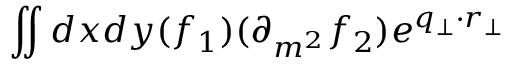
\iint d x d y ( f _ { 1 } ) ( \partial _ { m ^ { 2 } } f _ { 2 } ) e ^ { q _ { \perp } \cdot r _ { \perp } }